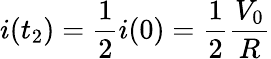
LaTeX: i(t_{2})=\frac{1}{2}i(0)=\frac{1}{2}\frac{V_{0}}{R}